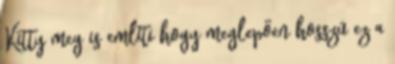
Kitty meg is említi hogy meglepően hosszú ez a